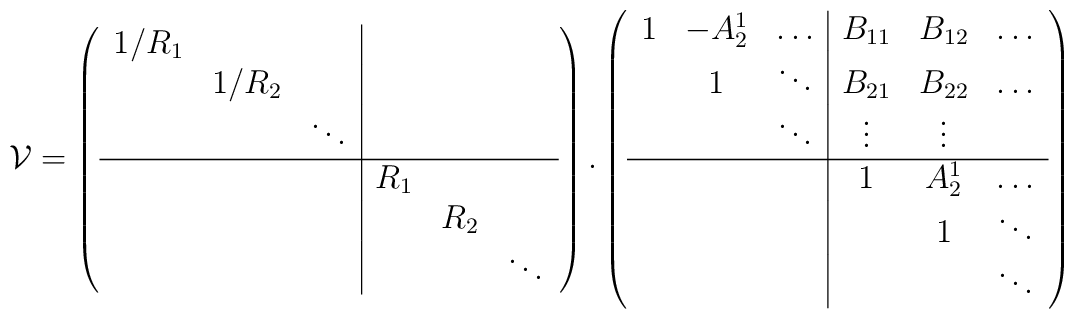
\mathcal{V} = \left( \begin{array}{ccc|ccc}1/R_1 &        &       &       &    & \\    & 1/R_2    &       &       &    & \\    &        &\ddots &       &    & \\\hline    &        &       & R_1 &    & \\    &        &       &       & R_2 & \\    &        &       &       &    &\ddots  \end{array} \right).\left( \begin{array}{ccc|ccc}1 & -A_2^1    & \dots &B_{11} & B_{12} &\dots\\    & 1      & \ddots&B_{21} & B_{22} &\dots\\    &        & \ddots&\vdots & \vdots &     \\\hline    &        &       & 1     & A_2^1 &\dots\\    &        &       &       & 1      &\ddots \\    &        &       &       &        &\ddots \\ \end{array} \right)